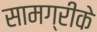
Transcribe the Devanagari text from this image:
सामग्रीके